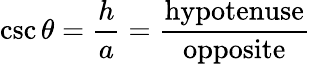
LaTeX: \csc\theta={\frac{h}{a}}={\frac{\mathrm{hypotenuse}}{\mathrm{opposite}}}